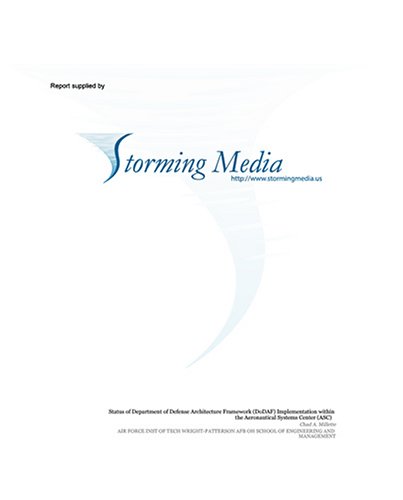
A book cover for Optimal Fault Detection and Resolution During Maneuvaring for AutonomousUnderwater Vehicles; Andrew S. Gibbons; Health, Fitness & Dieting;